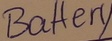
Text: Battery